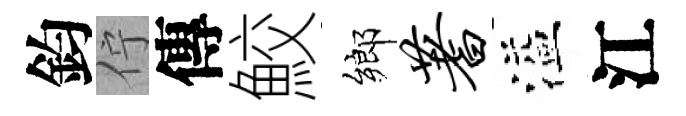
鈞佇傳鮫鄉蓍溢江